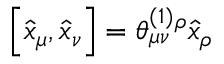
\left[ \widehat { x } _ { \mu } , \widehat { x } _ { \nu } \right] = \theta _ { \mu \nu } ^ { ( 1 ) } { } ^ { \rho } \widehat { x } _ { \rho }